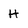
Character: H